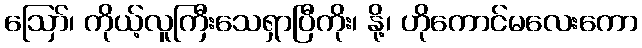
ဪ၊ ကိုယ့်လူကြီးသေရှာပြီကိုး၊ နို့၊ ဟိုကောင်မလေးကော